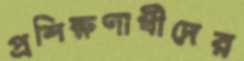
প্রশিক্ষণার্থীদের